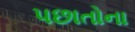
પછાતોના